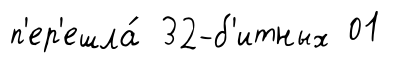
п'ер'ешла́ 32-б'итных 01